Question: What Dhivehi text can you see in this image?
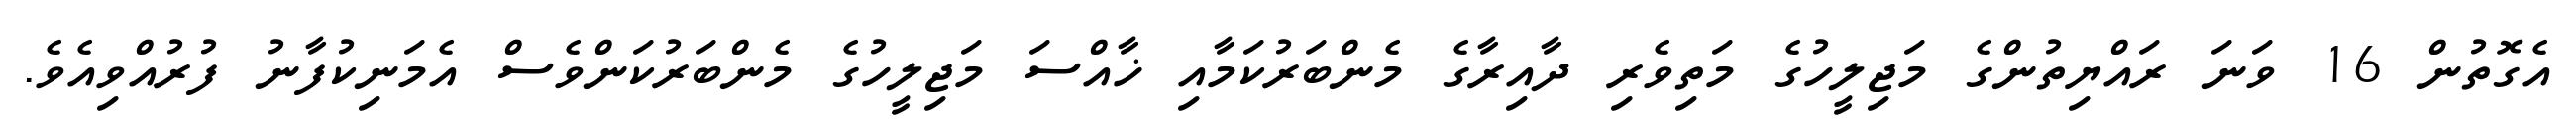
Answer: އެގޮތުން 16 ވަނަ ރައްޔިތުންގެ މަޖިލީހުގެ މަތިވެރި ދާއިރާގެ މެންބަރުކަމާއި ޚާއްސަ މަޖިލީހުގެ މެންބަރުކަންވެސް އެމަނިކުފާނު ފުރުއްވިއެވެ.